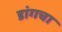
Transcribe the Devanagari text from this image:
डांगचा